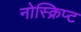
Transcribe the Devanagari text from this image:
नोस्क्रिप्ट